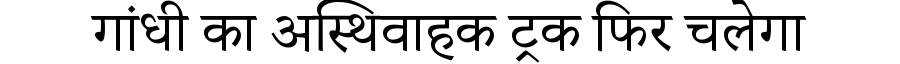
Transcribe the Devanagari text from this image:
गांधी का अस्थिवाहक ट्रक फिर चलेगा